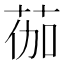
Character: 𫈆